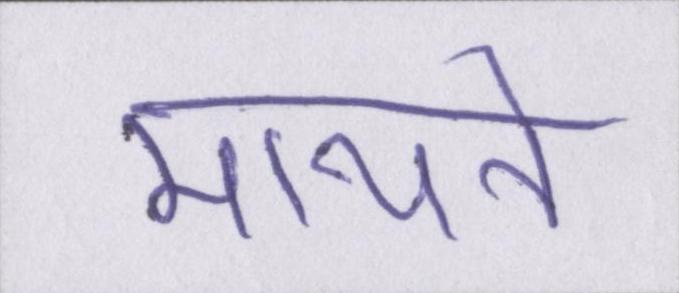
मायने